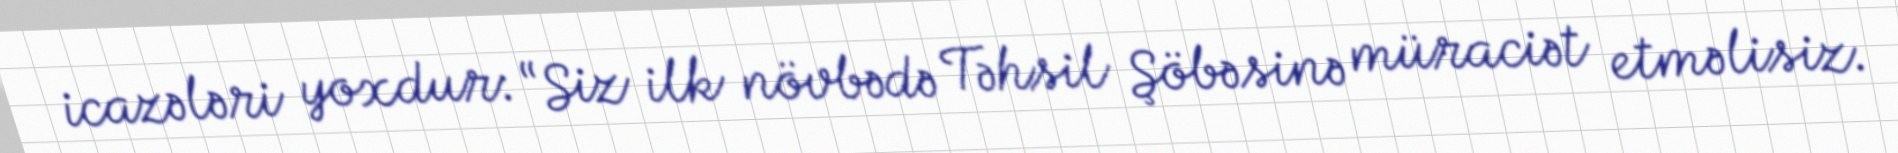
icazələri yoxdur: “Siz ilk növbədə Təhsil Şöbəsinə müraciət etməlisiz.